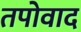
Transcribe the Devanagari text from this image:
तपोवाद